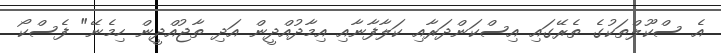
އެ ސްކޫލްތަކުގެ ތެރޭގައި އިސްކަންދަރާއި ކަލާފާނާއި އިމާދުއްދީން އަދި ތާޖުއްދީން ހިމެނޭ" ފެސްކޯ